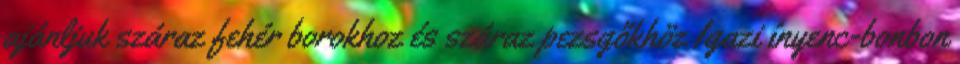
ajánljuk száraz fehér borokhoz és száraz pezsgőkhöz Igazi ínyenc-bonbon